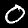
Digit: 0